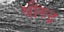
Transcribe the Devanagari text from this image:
श्रीरुद्र